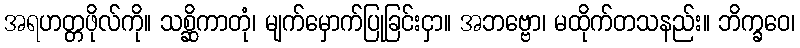
အရဟတ္တဖိုလ်ကို။ သစ္ဆိကာတုံ၊ မျက်မှောက်ပြုခြင်းငှာ။ အဘဗ္ဗော၊ မထိုက်တသနည်း။ ဘိက္ခဝေ၊